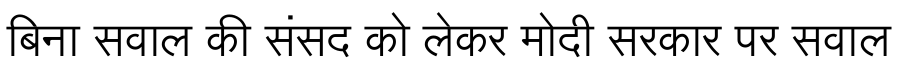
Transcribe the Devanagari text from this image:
बिना सवाल की संसद को लेकर मोदी सरकार पर सवाल